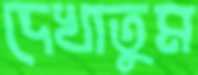
দেখাতুম